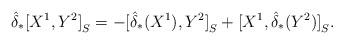
LaTeX: \begin{align*}\hat{\delta}_*{[X^1,Y^2]}_S=-{[\hat{\delta}_*(X^1),Y^2]}_S+{[X^1,\hat{\delta}_*(Y^2)]}_S.\end{align*}